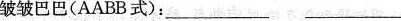
皱皱巴巴（AABB式）：___ ___